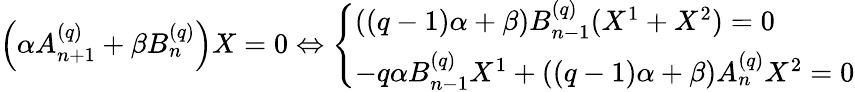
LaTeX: \begin{array}{r}{\left(\alpha A_{n+1}^{(q)}+\beta B_{n}^{(q)}\right)X=0\Leftrightarrow\left\{ \begin{array}{ll}{((q-1)\alpha+\beta)B_{n-1}^{(q)}(X^{1}+X^{2})=0}\\ {-q\alpha B_{n-1}^{(q)}X^{1}+((q-1)\alpha+\beta)A_{n}^{(q)}X^{2}=0}\end{array}\right.}\end{array}